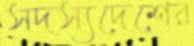
সদস্যদেশের